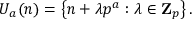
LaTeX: U _ { a } ( n ) = \left\{ n + \lambda p ^ { a } : \lambda \in \mathbf { Z } _ { p } \right\} .